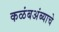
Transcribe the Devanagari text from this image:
कळंबअंब्याचे